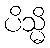
ပိသ္မိ